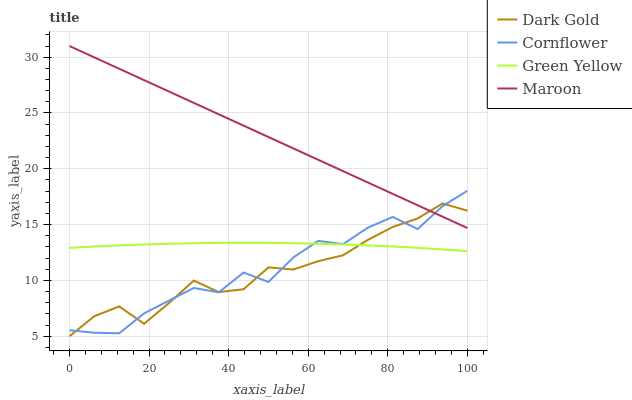
| xaxis_label | Dark Gold | Cornflower | Green Yellow | Maroon |
 | --- | --- | --- | --- | --- |
 | 0 | 5 | 5.54 | 12.9 | 31 |
 | 6.25 | 6.8 | 5.32 | 13 | 30 |
 | 12.5 | 7.67 | 5.27 | 13.1 | 29 |
 | 18.8 | 6.12 | 7.05 | 13.2 | 27.9 |
 | 25 | 7.97 | 8.19 | 13.3 | 26.9 |
 | 31.2 | 9.99 | 9.33 | 13.3 | 25.9 |
 | 37.5 | 8.96 | 8.93 | 13.4 | 24.9 |
 | 43.8 | 9.21 | 10.7 | 13.4 | 23.9 |
 | 50 | 11.2 | 9.86 | 13.4 | 22.8 |
 | 56.2 | 11 | 12.1 | 13.3 | 21.8 |
 | 62.5 | 11.7 | 13.5 | 13.3 | 20.8 |
 | 68.8 | 12.3 | 13.2 | 13.2 | 19.8 |
 | 75 | 13.6 | 14.7 | 13.1 | 18.8 |
 | 81.2 | 14.8 | 15.7 | 13 | 17.8 |
 | 87.5 | 15.6 | 14.6 | 12.9 | 16.7 |
 | 93.8 | 16.9 | 16.7 | 12.8 | 15.7 |
 | 100 | 16.3 | 18 | 12.6 | 14.7 |